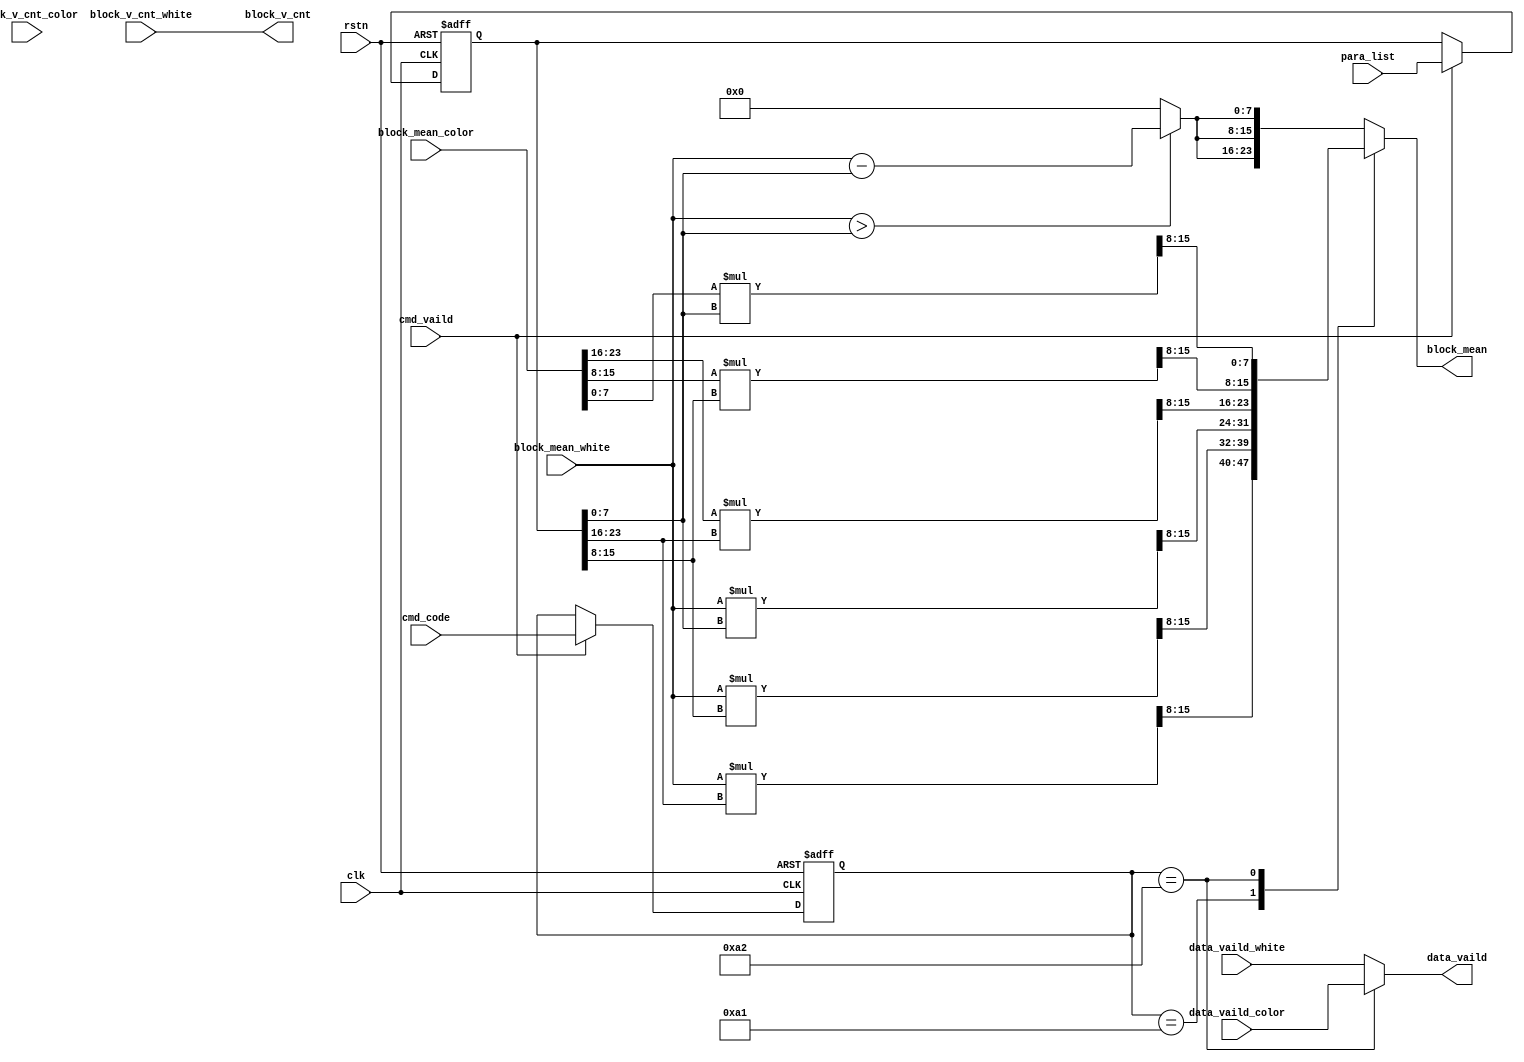
module mux_command_control(
    input                   clk                   ,
    input                   rstn                  ,
    input                   cmd_vaild             ,
    input       [7:0]       cmd_code              ,
    input       [31:0]      para_list             ,

    //
    input       [7:0]       block_mean_white      ,
    input       [5:0]       block_v_cnt_white     ,
    input                   data_vaild_white      ,
    //
    input       [23:0]      block_mean_color      ,
    input       [5:0]       block_v_cnt_color     ,
    input                   data_vaild_color      ,

    //mux
    output      [23:0]      block_mean            ,
    output reg              data_vaild            ,
    output      [5:0]       block_v_cnt           
);
// ####################
/* 
   1. code a0 
      
      8
   2. code a1 
      
      24RGB
      24hff00ffR:G:B255:0:255
   3. codea2 
      
      24
      24hff00ffR:G:B-255:0:-255
*/
// ####################


// uart
reg   [7:0]   cmd_code_r;
reg   [31:0]  para_list_r;
always @(posedge clk or negedge rstn) begin
    if(~rstn) begin
        cmd_code_r <= 8'b0;
        para_list_r <= 32'b0;
    end
    else if(cmd_vaild) begin
        cmd_code_r <= cmd_code;
        para_list_r <= para_list;
    end
    else begin
        cmd_code_r <= cmd_code_r;
        para_list_r <= para_list_r;
    end
end

// block_mean mux
reg [23:0] block_mean_r;

wire flag_white;
assign flag_white = (block_mean_white>para_list_r[7:0]);

wire [15:0] r_ratio_fixed;
wire [15:0] g_ratio_fixed;
wire [15:0] b_ratio_fixed;
assign r_ratio_fixed = (block_mean_white*para_list_r[23:16])>>8;
assign g_ratio_fixed = (block_mean_white*para_list_r[15:8])>>8;
assign b_ratio_fixed = (block_mean_white*para_list_r[7:0])>>8;

wire [15:0] flag_color_r;
wire [15:0] flag_color_g;
wire [15:0] flag_color_b;
assign flag_color_r = (block_mean_color[23:16]*para_list_r[23:16])>>8;
assign flag_color_g = (block_mean_color[15:8]*para_list_r[15:8])>>8;
assign flag_color_b = (block_mean_color[7:0]*para_list_r[7:0])>>8;

always @( *) begin
    case (cmd_code_r)
        8'ha0 : begin
            block_mean_r = {3{(flag_white)? (block_mean_white-para_list_r[7:0]) : 8'b0}};
        end
        8'ha1 : begin
            block_mean_r = {r_ratio_fixed[7:0],g_ratio_fixed[7:0],b_ratio_fixed[7:0]};
        end
        8'ha2 : begin
            block_mean_r = {flag_color_r[7:0], flag_color_g[7:0], flag_color_b[7:0]};
        end
        default : begin
            block_mean_r = {3{(flag_white)? (block_mean_white-para_list_r[7:0]) : 8'b0}};
        end
    endcase
end
assign block_mean = block_mean_r;

// data_vaild
// colorvaild
always @( *) begin
    case (cmd_code_r)
        8'ha0 : data_vaild = data_vaild_white;
        8'ha1 : data_vaild = data_vaild_white;
        8'ha2 : data_vaild = data_vaild_color;
        default : data_vaild = data_vaild_white;
    endcase
end

// block_v_cnt
// white
assign block_v_cnt = block_v_cnt_white;


endmodule